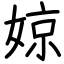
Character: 婛